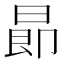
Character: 𣌸